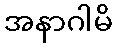
အနာဂါမိ